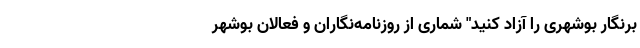
برنگار بوشهری را آزاد کنید" شماری از روزنامه‌نگاران و فعالان بوشهر